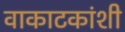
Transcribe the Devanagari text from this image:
वाकाटकांशी